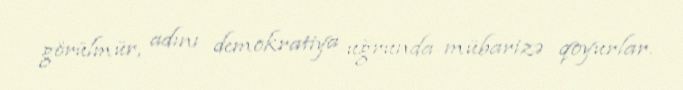
görülmür, adını demokratiya uğrunda mübarizə qoyurlar.